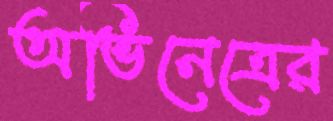
অভিনেত্রের